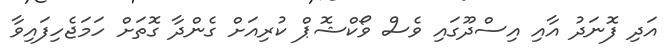
އަދި ފޮނަދު އާއި އިސްދޫގައި ވެސް ވޯކްޝޮޕް ކުރިއަށް ގެންދާ ގޮތަށް ހަމަޖެހިފައިވާ